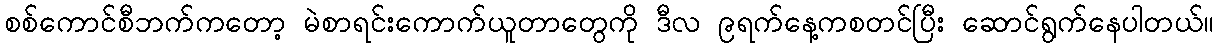
စစ်ကောင်စီဘက်ကတော့ မဲစာရင်းကောက်ယူတာတွေကို ဒီလ ၉ရက်နေ့ကစတင်ပြီး ဆောင်ရွက်နေပါတယ်။